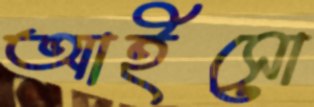
আইসো